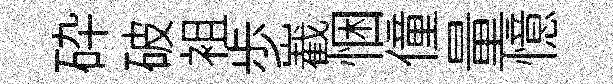
砕破袓歩嶻悃僮量憶